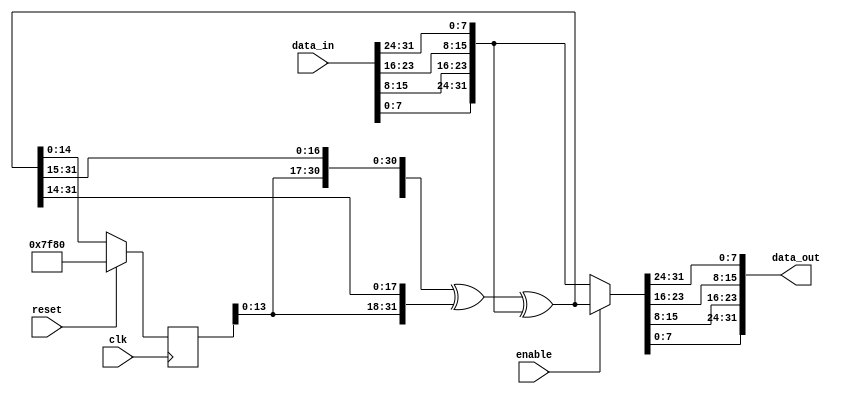
// ***************************************************************************
// ***************************************************************************
// Copyright (C) 2017, 2018, 2020, 2022 Analog Devices, Inc. All rights reserved.
// SPDX short identifier: ADIJESD204
// ***************************************************************************
// ***************************************************************************

`timescale 1ns/100ps

module jesd204_scrambler #(
  parameter WIDTH = 32,
  parameter DESCRAMBLE = 0
) (
  input clk,
  input reset,

  input enable,

  input [WIDTH-1:0] data_in,
  output [WIDTH-1:0] data_out
);

  reg [14:0] state = 'h7f80;
  reg [WIDTH-1:0] swizzle_out;
  wire [WIDTH-1:0] swizzle_in;
  wire [WIDTH-1:0] feedback;
  wire [WIDTH-1+15:0] full_state;

  generate
  genvar i;
  for (i = 0; i < WIDTH / 8; i = i + 1) begin: gen_swizzle
    assign swizzle_in[WIDTH-1-i*8:WIDTH-i*8-8] = data_in[i*8+7:i*8];
    assign data_out[WIDTH-1-i*8:WIDTH-i*8-8] = swizzle_out[i*8+7:i*8];
  end
  endgenerate

  assign full_state = {state,DESCRAMBLE ? swizzle_in : feedback};
  assign feedback = full_state[WIDTH-1+15:15] ^ full_state[WIDTH-1+14:14] ^ swizzle_in;

  always @(*) begin
    if (enable == 1'b0) begin
      swizzle_out = swizzle_in;
    end else begin
      swizzle_out = feedback;
    end
  end

  always @(posedge clk) begin
    if (reset == 1'b1) begin
      state <= 'h7f80;
    end else begin
      state <= full_state[14:0];
    end
  end

endmodule